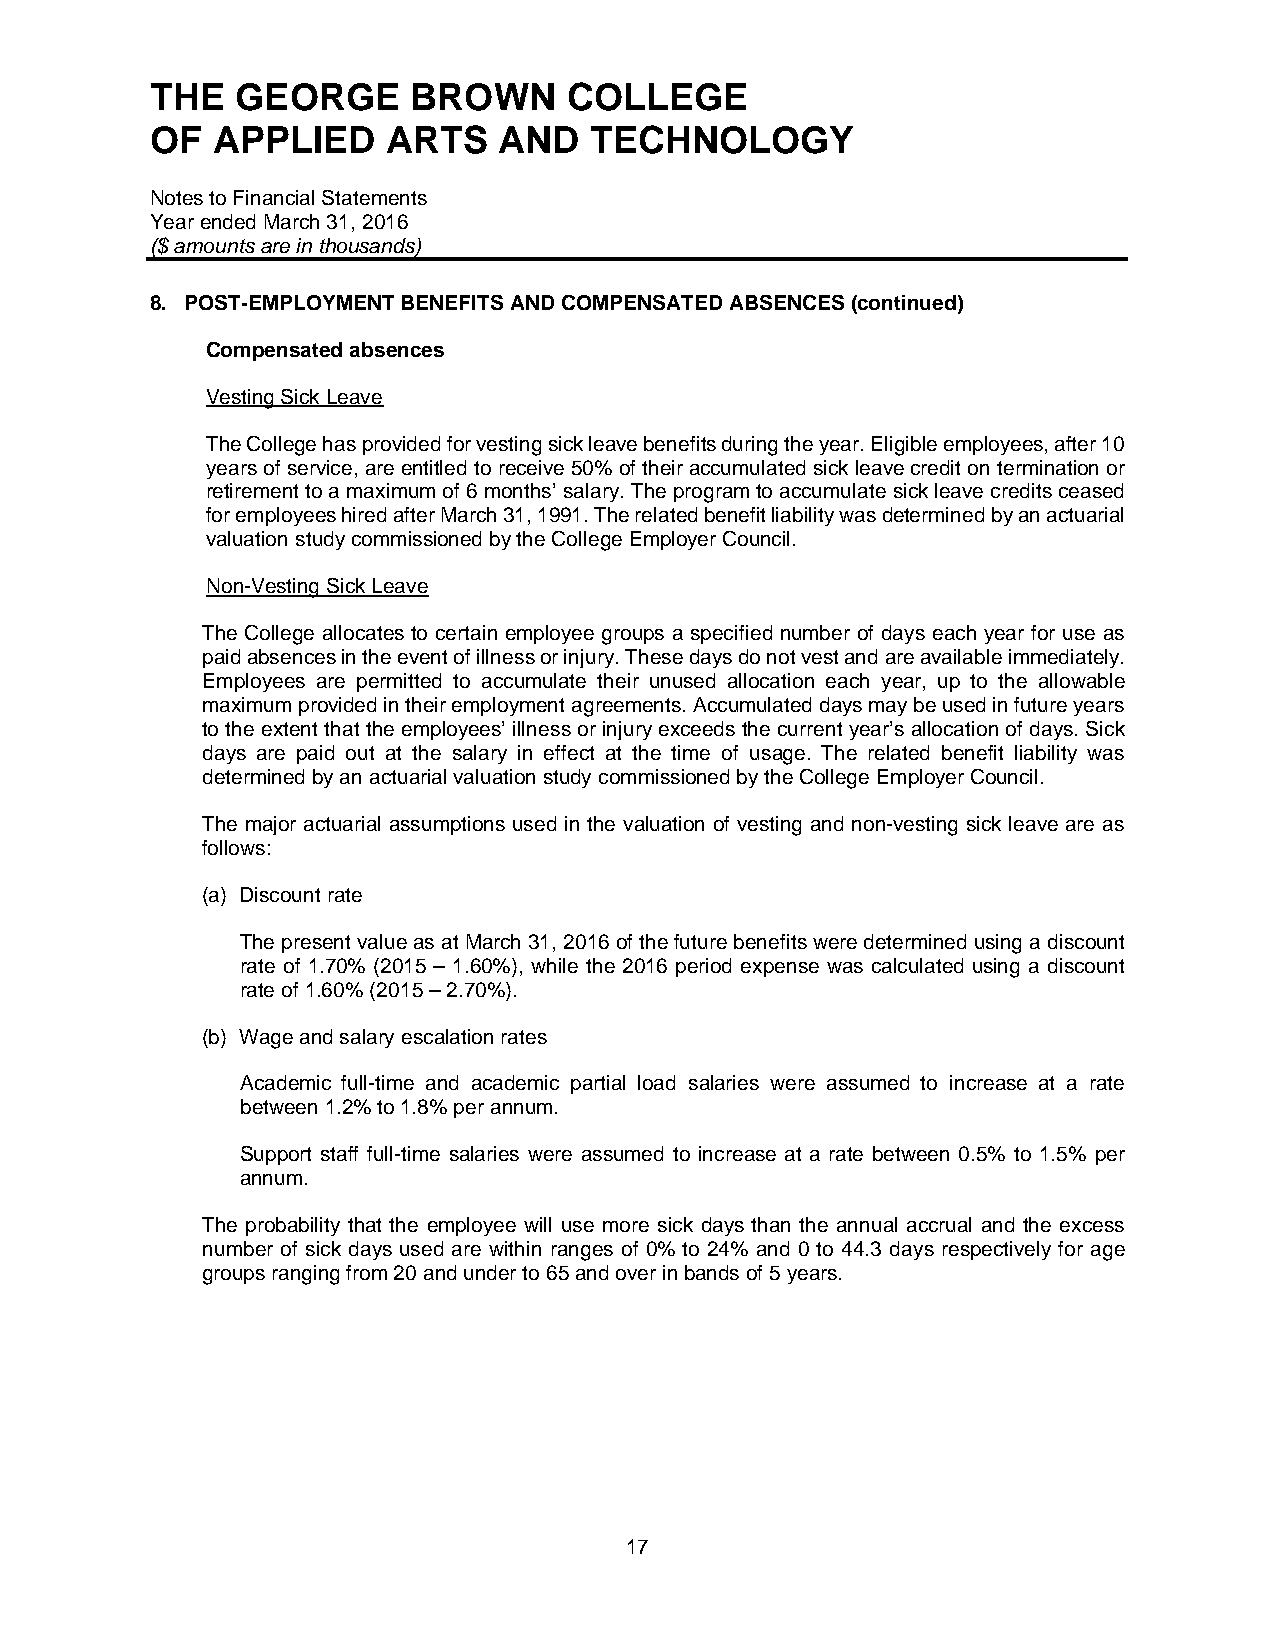
THE   GEORGE     BROWN      COLLEGE
 OF  APPLIED     ARTS   AND   TECHNOLOGY
 Notes to Financial Statements
 Year ended March 31, 2016
 ($ amounts are in thousands)
 8. POST-EMPLOYMENT BENEFITS AND COMPENSATED ABSENCES (continued)
 Compensated absences
 Vesting Sick Leave
 The College has provided for vesting sick leave benefits during the year. Eligible employees, after 10
 years of service, are entitled to receive 50% of their accumulated sick leave credit on termination or
 retirement to a maximum of 6 months’ salary. The program to accumulate sick leave credits ceased
 for employees hired after March 31, 1991. The related benefit liability was determined by an actuarial
 valuation study commissioned by the College Employer Council.
 Non-Vesting Sick Leave
 The College allocates to certain employee groups a specified number of days each year for use as
 paid absences in the event of illness or injury. These days do not vest and are available immediately.
 Employees are permitted to accumulate their unused allocation each year, up to the allowable
 maximum provided in their employment agreements. Accumulated days may be used in future years
 to the extent that the employees’ illness or injury exceeds the current year’s allocation of days. Sick
 days are paid out at the salary in effect at the time of usage. The related benefit liability was
 determined by an actuarial valuation study commissioned by the College Employer Council.
 The major actuarial assumptions used in the valuation of vesting and non-vesting sick leave are as
 follows:
 (a) Discount rate
 The present value as at March 31, 2016 of the future benefits were determined using a discount
 rate of 1.70% (2015 – 1.60%), while the 2016 period expense was calculated using a discount
 rate of 1.60% (2015 – 2.70%).
 (b) Wage and salary escalation rates
 Academic full-time and academic partial load salaries were assumed to increase at a rate
 between 1.2% to 1.8% per annum.
 Support staff full-time salaries were assumed to increase at a rate between 0.5% to 1.5% per
 annum.
 The probability that the employee will use more sick days than the annual accrual and the excess
 number of sick days used are within ranges of 0% to 24% and 0 to 44.3 days respectively for age
 groups ranging from 20 and under to 65 and over in bands of 5 years.
 17